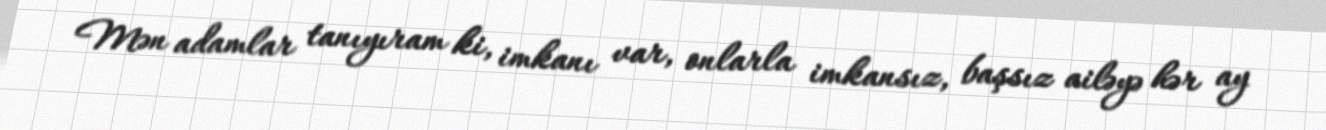
Mən adamlar tanıyıram ki, imkanı var, onlarla imkansız, başsız ailəyə hər ay